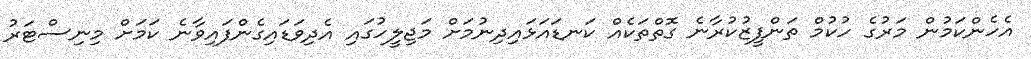
އެހެންކަމުން މަރުގެ ހުކުމް ތަންފީޒުކުރާނެ ގޮތްތަކެއް ކަނޑައަޅައިދިނުމަށް މަޖިލީހުގައި އެދިވަޑައިގެންފައިވާނެ ކަމަށް މިނިސްޓަރު